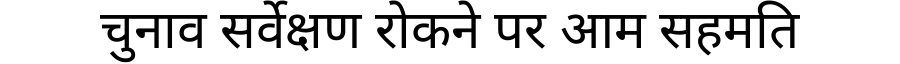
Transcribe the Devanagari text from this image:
चुनाव सर्वेक्षण रोकने पर आम सहमति